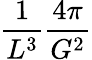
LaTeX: \frac{1}{L^{3}}\frac{4\pi}{G^{2}}